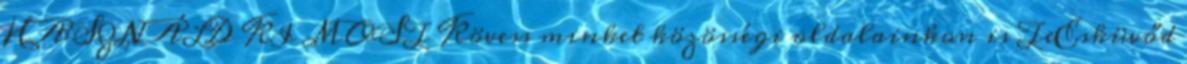
HASZNÁLD KI MOST Kövess minket közösségi oldalainkon is TeEsküvőd